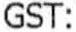
GST: